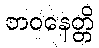
ဘဝနေတ္တိ